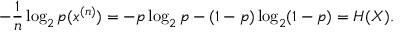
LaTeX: - { \frac { 1 } { n } } \log _ { 2 } p ( x ^ { ( n ) } ) = - p \log _ { 2 } p - ( 1 - p ) \log _ { 2 } ( 1 - p ) = H ( X ) .